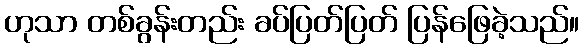
ဟုသာ တစ်ခွန်းတည်း ခပ်ပြတ်ပြတ် ပြန်ဖြေခဲ့သည်။